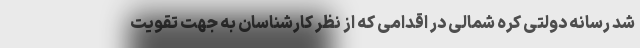
شد رسانه دولتی کره شمالی در اقدامی که از نظر کارشناسان به جهت تقویت